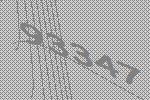
93347